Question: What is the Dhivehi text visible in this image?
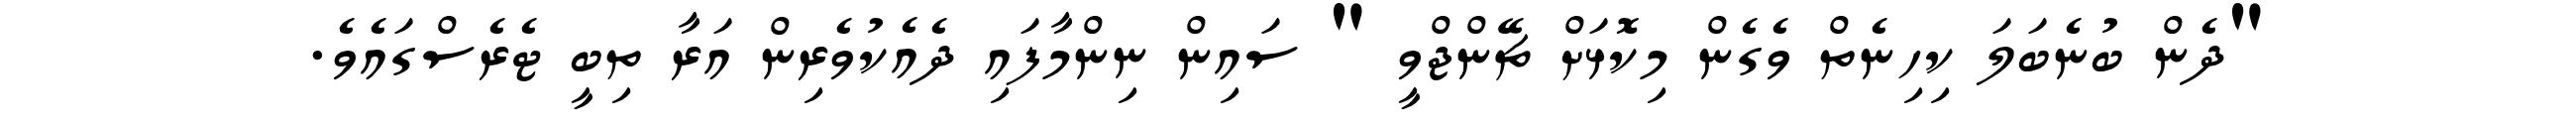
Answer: "ދެން ބުނެބަލަ ކިހިނެތް ވެގެން މިކޮޅަށް ޗޭންޖްވީ " ސައިން ނިންމާފައި ދެއެކުވެރިން އަރާ ތިބީ ޓެރެސްގައެވެ.